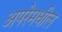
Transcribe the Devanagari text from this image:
अपरेमधील